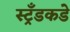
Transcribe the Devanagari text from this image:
स्ट्रँडकडे